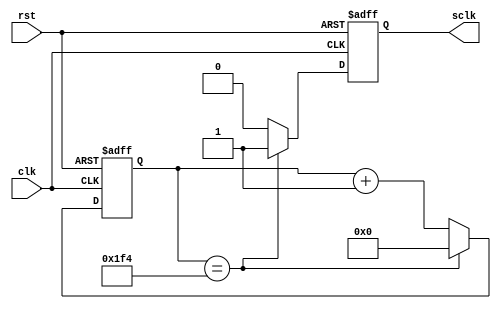
`timescale 1ns / 1ps
//////////////////////////////////////////////////////////////////////////////////
// Company: 
// Engineer: 
// 
// Design Name: 
// Module Name:    GenSamplingClk 
// Project Name: 
// Target Devices: 
// Tool versions: 
// Description: 
//
// Dependencies: 
//
// Revision: 
// Revision 0.01 - File Created
// Additional Comments: 
//
//////////////////////////////////////////////////////////////////////////////////
module GenI2CClk(
    input clk,
    input rst,
    output reg sclk
    );

reg [16:0] clockdiv;

always @(posedge clk or posedge rst)
begin
	if(rst)
	begin
		clockdiv <= 17'd0;
		sclk     <= 1'b0;
	end
	else
	begin
		if(clockdiv == 17'd500)
		begin
			clockdiv <=17'b0;
			sclk     <=1'b1;
		end
		else
		begin
			clockdiv <= clockdiv + 1;
			sclk     <= 1'b0;
		end
	end
end

endmodule